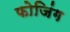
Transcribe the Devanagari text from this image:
फोजिंग